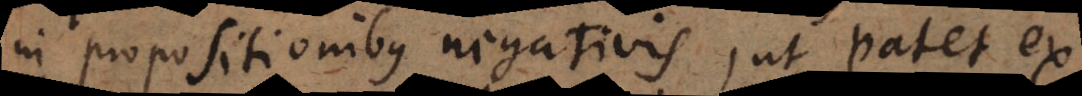
in propositionibus negativis, ut patet ex